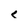
Character: c